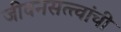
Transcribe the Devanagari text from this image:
जीवनसत्त्वांची